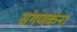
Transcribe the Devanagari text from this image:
संगणकंना